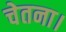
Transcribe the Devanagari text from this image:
चेतना।